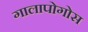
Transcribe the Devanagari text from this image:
गालापोगोस